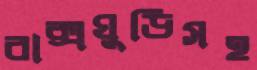
বাক্সঘুড়িসহ